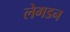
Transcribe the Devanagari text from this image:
लेगडन